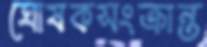
ঘোষকসংক্রান্ত